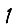
Digit: 1